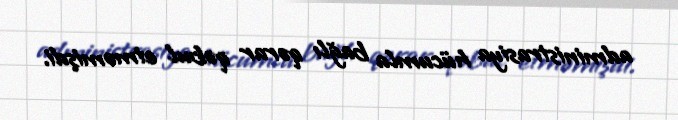
administrasiya hücumla bağlı qərar qəbul etməmişdi.